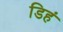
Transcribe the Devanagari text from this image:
डिहं